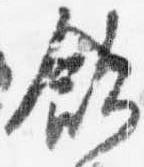
飲